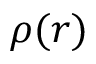
\rho ( r )